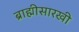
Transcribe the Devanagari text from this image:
ब्राह्मीसारखी